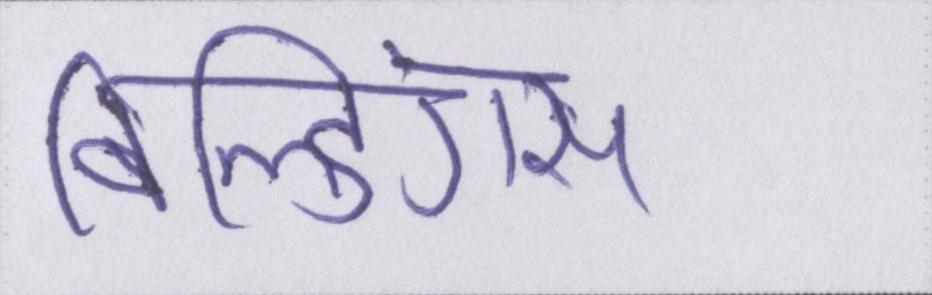
बिल्डिंग्स